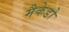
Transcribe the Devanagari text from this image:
मैकेडो